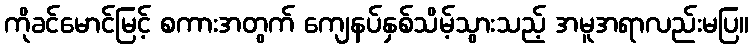
ကိုခင်မောင်မြင့် စကားအတွက် ကျေနပ်နှစ်သိမ့်သွားသည့် အမူအရာလည်းမပြ။